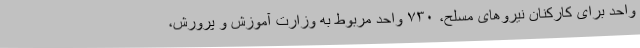
واحد برای کارکنان نیروهای مسلح، ۷۳۰ واحد مربوط به وزارت آموزش و پرورش،